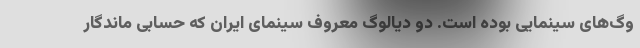
وگ‌های سینمایی بوده است. دو دیالوگ معروف سینمای ایران که حسابی ماندگار